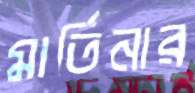
মার্তিনার